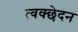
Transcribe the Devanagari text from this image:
त्वक्छेदन